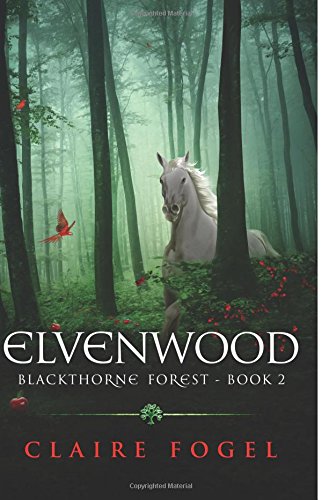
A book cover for Elvenwood: Blackthorne Forest Book 2 (Blackthorne Forest: 2); Claire C. Fogel; Science Fiction & Fantasy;